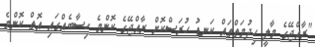
"ރާއްޖޭގެ މާލީ ހިދުމަތްތައް ކަނޑު ހުރަސްކޮށް ރާއްޖޭގެ ކޮންމެ ހިސާބެއްގައި އޮތް ކޮންމެ